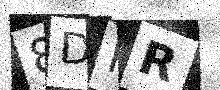
Text: 8DRR